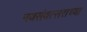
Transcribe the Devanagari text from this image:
नवसंवत्सराच्या